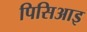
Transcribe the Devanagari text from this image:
पिसिआइ